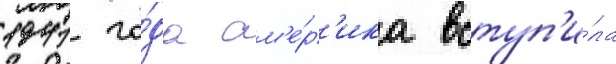
1941 го́да ам'е́р'ика вступ'и́ла